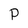
Character: P